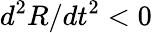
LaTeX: d^{2}R/dt^{2}<0